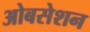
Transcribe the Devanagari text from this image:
ओबसेशन